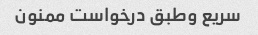
سریع وطبق درخواست ممنون